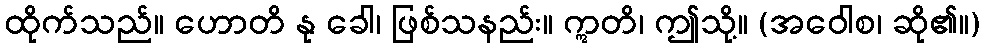
ထိုက်သည်။ ဟောတိ နု ခေါ၊ ဖြစ်သနည်း။ ဣတိ၊ ဤသို့။ (အဝေါစ၊ ဆို၏။)